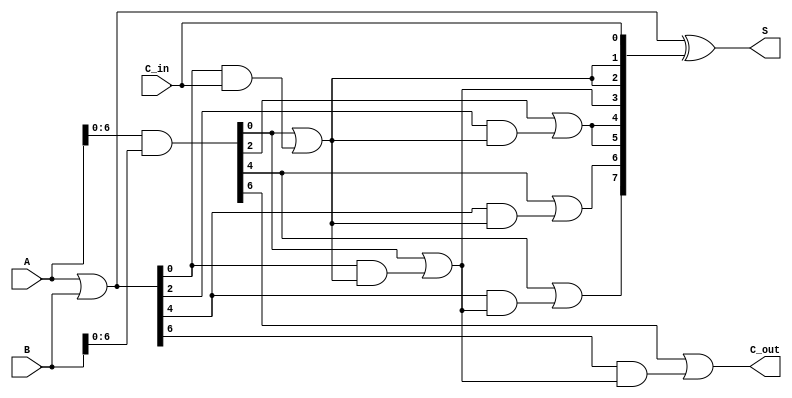
module KoggeStoneAdder #(parameter N = 8) (
    input  [N-1:0] A,      // First input
    input  [N-1:0] B,      // Second input
    input          C_in,    // Carry-in
    output [N-1:0] S,       // Sum output
    output         C_out     // Carry-out
);

    // Generate and propagate signals
    wire [N-1:0] G; // Generate signal
    wire [N-1:0] P; // Propagate signal
    wire [N:0] C;   // Carry signals

    // Generate and propagate calculations
    assign G = A & B;  // G[i] = A[i] & B[i]
    assign P = A | B;  // P[i] = A[i] | B[i]

    // Carry initialization
    assign C[0] = C_in; // C[0] = C_in

    // Kogge-Stone carry generation logic
    genvar i, j;
    generate
        // Calculate carries for each stage
        for (i = 0; i < N; i = i + 1) begin : carry_gen
            if (i == 0) begin
                assign C[i + 1] = G[i] | (P[i] & C[0]);
            end else if (i > 1 && (i % 2 == 0)) begin
                assign C[i + 1] = G[i-2] | (P[i-2] & C[i/2]);
            end else if (i > 0) begin
                assign C[i + 1] = G[i-1] | (P[i-1] & C[i/2]);
            end
        end
    endgenerate

    // Sum calculation
    assign S = P ^ C[N-1:0]; // S[i] = P[i] ^ C[i]

    // Carry-out
    assign C_out = C[N];

endmodule